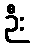
ဉီး